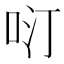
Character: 𱒓